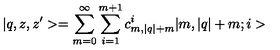
| q , z , z ^ { \prime } > = \sum _ { m = 0 } ^ { \infty } \sum _ { i = 1 } ^ { m + 1 } c _ { m , | q | + m } ^ { i } | m , | q | + m ; i >